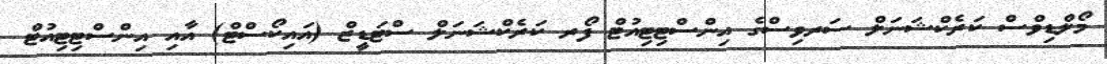
މޯލްޑިވްސް ކަރެކްޝަނަލް ސަރވިސްގެ އިންސްޓިޓިއުޓް ފޯރ ކަރެކްޝަނަލް ސްޓަޑީޒް (އައިކޯސްޓް) އާއި އިންސްޓިޓިއުޓް